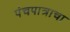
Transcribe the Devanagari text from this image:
पंचपात्राचा